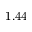
1 . 4 4